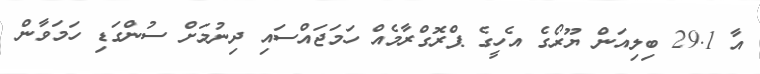
އާ 29.1 ބިލިއަން ޔޫރޯގެ އެހީގެ ޕްރޮގްރާމެއް ހަމަޖައްސައި ދިނުމަށް ސުންގަޑި ހަމަވާން